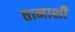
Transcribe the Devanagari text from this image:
तानाशी